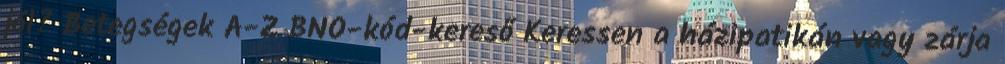
jól? Betegségek A-Z BNO-kód-kereső Keressen a házipatikán vagy zárja